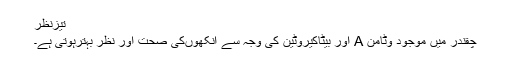
تیزنظر
چقندر میں موجود وٹامن A اور بیٹاکیروٹین کی وجہ سے انکھوںکی صحت اور نظر بہترہوتی ہے۔